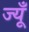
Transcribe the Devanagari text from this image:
ज्यूँ